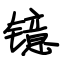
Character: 镱